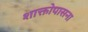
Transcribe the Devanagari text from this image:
शाक्तोपासना